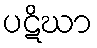
ပဋိဃာ